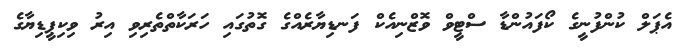
އެޕަލް ކުންފުނީގެ ކޯފައުންޑާ ސްޓީވް ވޮޒްނިއެކް ފަނޑިޔާރެއްގެ ގޮތުގައި ހަރަކާތްތެރިވި އިރު ވިކިޕީޑިޔާގެ